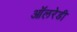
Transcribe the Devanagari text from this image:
ऑलरेडी